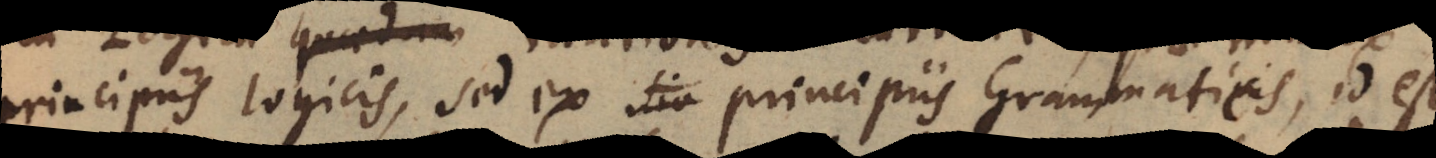
principiis logicis, sed ex principiis Grammaticis, id est